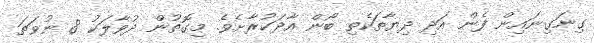
ގިނަގިނައިން ފެން އަދި ދިޔާތަކެތި ބޯން އާދަކުރާށެވެ. މިގޮތުން ދުވާލަކު 8 ނުވަތަ